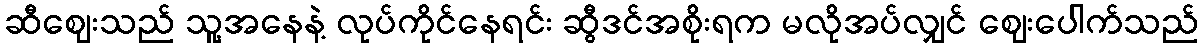
ဆီဈေးသည် သူ့အနေနဲ့ လုပ်ကိုင်နေရင်း ဆွီဒင်အစိုးရက မလိုအပ်လျှင် ဈေးပေါက်သည်